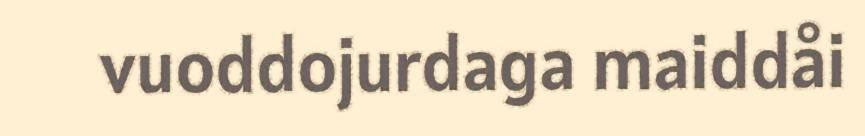
vuoddojurdaga maiddåi